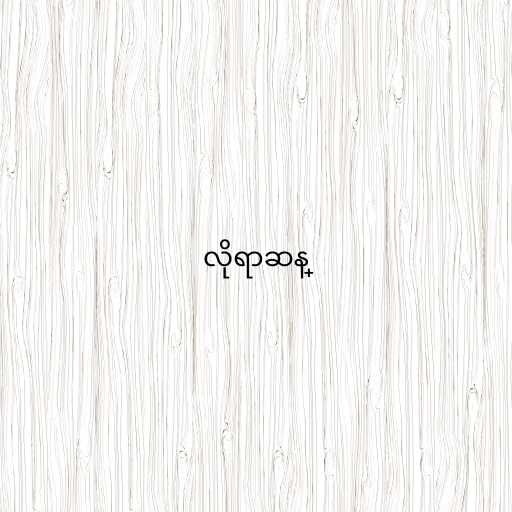
လိုရာဆန္